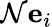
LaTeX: \mathcal{N}\mathbf{{e}}_{i}